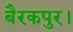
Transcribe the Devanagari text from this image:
बैरकपुर।